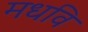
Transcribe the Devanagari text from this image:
मधवि